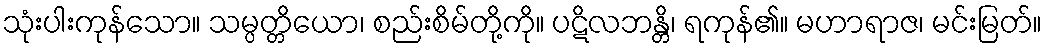
သုံးပါးကုန်သော။ သမ္ပတ္တိယော၊ စည်းစိမ်တို့ကို။ ပဋိလဘန္တိ၊ ရကုန်၏။ မဟာရာဇ၊ မင်းမြတ်။